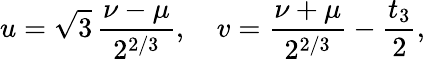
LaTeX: u=\sqrt{3}\, \frac{\nu-\mu}{2^{2/3}},\quad v=\frac{\nu+\mu}{2^{2/3}}-\frac{t_{3}}{2},